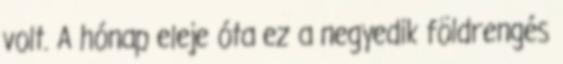
volt. A hónap eleje óta ez a negyedik földrengés